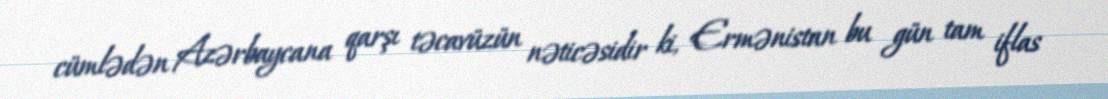
cümlədən Azərbaycana qarşı təcavüzün nəticəsidir ki, Ermənistan bu gün tam iflas